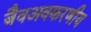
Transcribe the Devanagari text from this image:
जैवअवकरणीय